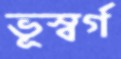
ভূস্বর্গ